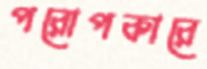
পরোপকারে